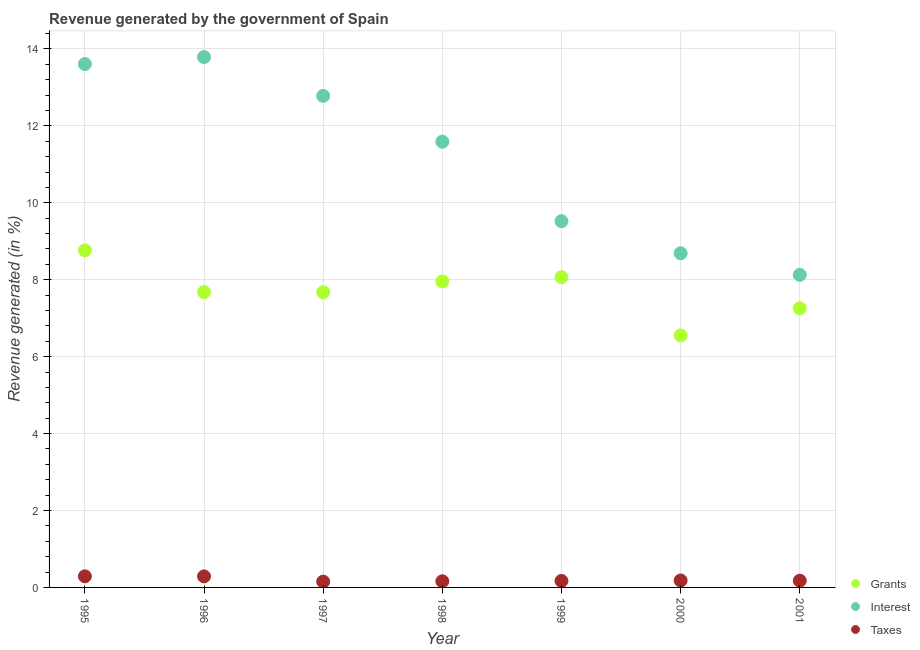
| Year | Grants | Interest | Taxes |
 | --- | --- | --- | --- |
 | 1995 | 8.77 | 13.6 | 0.289 |
 | 1996 | 7.68 | 13.8 | 0.287 |
 | 1997 | 7.67 | 12.8 | 0.151 |
 | 1998 | 7.96 | 11.6 | 0.16 |
 | 1999 | 8.07 | 9.52 | 0.169 |
 | 2000 | 6.55 | 8.69 | 0.181 |
 | 2001 | 7.26 | 8.13 | 0.175 |